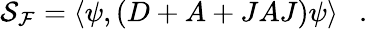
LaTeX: {\cal S_{F}}=\langle\psi,(D+A+JAJ)\psi\rangle~~~.